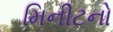
મિનીટનો